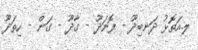
ލ.އަތޮޅު ދަނބިދޫ - ފޮނަދޫ - ގާދޫ - ގަން - ހިތަދޫ